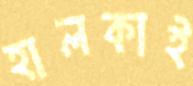
হালকাই